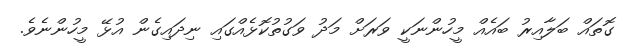
ގޮތައް ބަލާއިރު ބައެއް މީހުންނަކީ ވަރަށް މަދު ވަގުތުކޮޅެއްގައި ނިދައިގެން އުޅޭ މީހުންނެވެ.